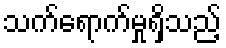
သက်ရောက်မှုရှိသည့်